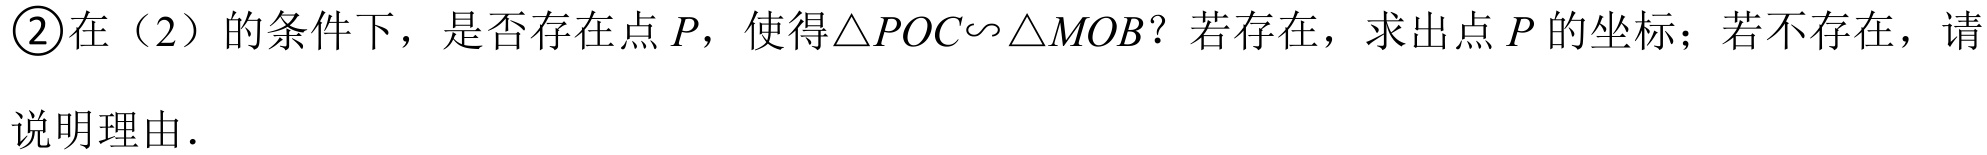
\textcircled{2}在（2）的条件下，是否存在点\(P\)，使得\(\triangle POC\sim\triangle MOB\)？若存在，求出点\(P\)的坐标；若不存在，请说明理由.